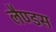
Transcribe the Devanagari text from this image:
लैण्डस